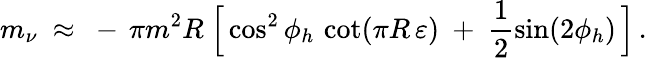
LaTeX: m_{\nu}\ \approx\ -\, \pi m^{2}R\ \Big[\cos^{2}\phi_{h}\, \cot(\pi R\, \varepsilon)\ +\ \frac{1}{2}\sin(2\phi_{h})\, \Big]\, .